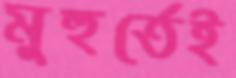
মুহুর্তেই